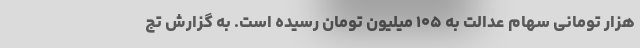
هزار تومانی سهام عدالت به ۱۰۵ میلیون تومان رسیده است. به گزارش تج